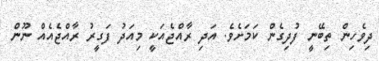
ދިވެހިން ތިބޭނީ ފުދިގެން ކަމަށެވެ. އަދި ރާއްޖެއަކީ މިއަދު ފަގީރު ރާއްޖެއެއް ނޫން